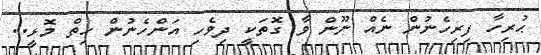
ޙުރިހާ ފިރިހެނުން ނެއް ނޫން ވާ ގޮތަކީ ދިވެހި އަންހެނުން ހިތް މޮޅީ..